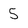
Character: 5